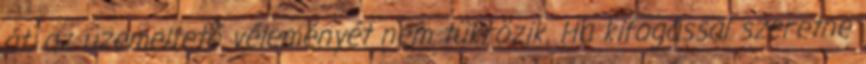
át, az üzemeltető véleményét nem tükrözik. Ha kifogással szeretne